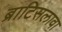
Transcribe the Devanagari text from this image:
ब्राटिसलावा